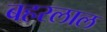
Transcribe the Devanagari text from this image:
बहरलाल